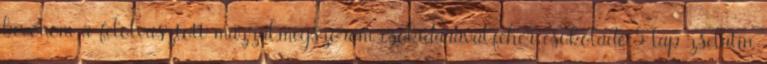
bevonom a felolvasztott mázzal,megszórom csokidarával.fehér csokoládé 5 lap zselatin